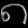
Digit: ၈